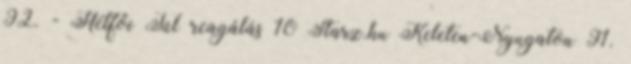
92. - Hétfői Túl reagálás 10 Starz.hu Keleten-Nyugaton 91.